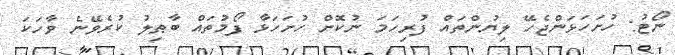
ނޯޓު: ހުށަހަޅަންޖެހޭ ލިޔުންތައް ފުރިހަމަ ނުކޮށް ހުށަހަޅާ ފޯމުތައް ބާޠިލު ކުރެވޭނެ ވާހަކަ